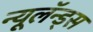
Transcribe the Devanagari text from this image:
न्यूलॅन्ड्स